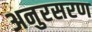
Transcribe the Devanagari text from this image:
अनुरसरण